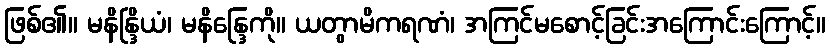
ဖြစ်၏။ မနိန္ဒြိယံ၊ မနိန္ဒြေကို။ ယတွာမိကရဏံ၊ အကြင်မစောင့်ခြင်းအကြောင်းကြောင့်။